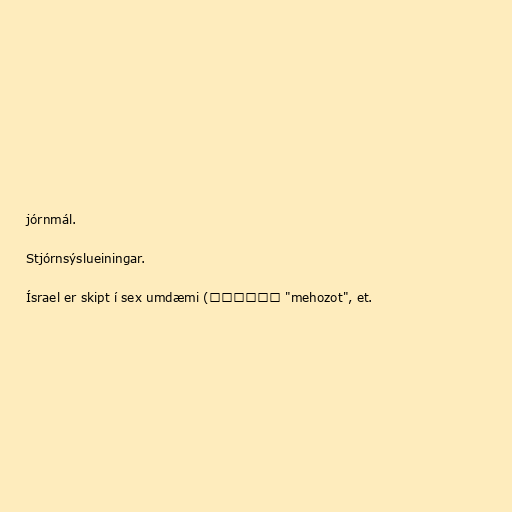
jórnmál.

Stjórnsýslueiningar.

Ísrael er skipt í sex umdæmi (מחוזות "mehozot", et.